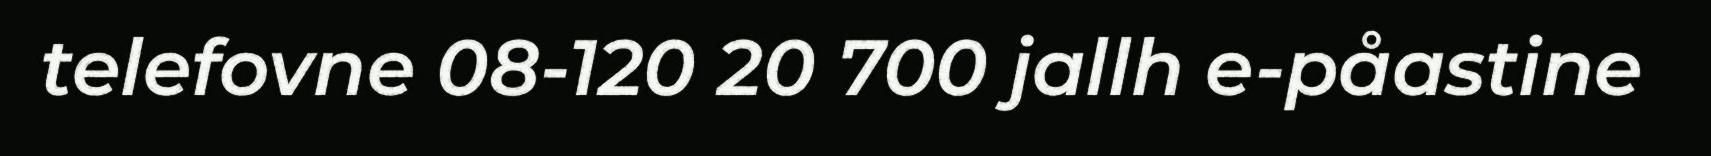
telefovne 08-120 20 700 jallh e-påastine